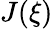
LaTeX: J(\xi)